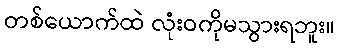
တစ်ယောက်ထဲ လုံးဝကိုမသွားရဘူး။